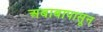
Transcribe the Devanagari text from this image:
अबाबापासून